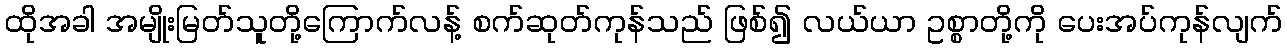
ထိုအခါ အမျိုးမြတ်သူတို့ကြောက်လန့် စက်ဆုတ်ကုန်သည် ဖြစ်၍ လယ်ယာ ဥစ္စာတို့ကို ပေးအပ်ကုန်လျက်